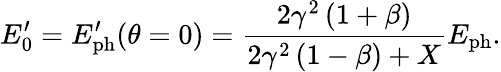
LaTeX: E_{0}^{\prime}=E_{\mathrm{ph}}^{\prime}(\theta=0)=\frac{2\gamma^{2}\left(1+\beta\right)}{2\gamma^{2}\left(1-\beta\right)+X}E_{\mathrm{ph}}.